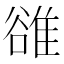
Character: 𨿜